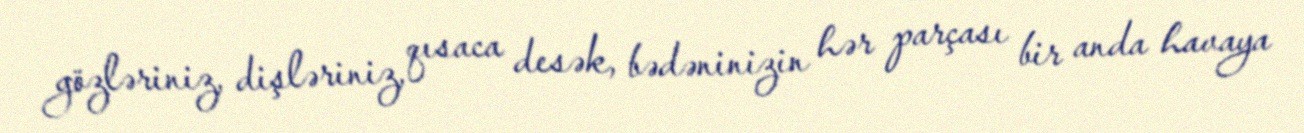
gözləriniz, dişləriniz, qısaca desək, bədəninizin hər parçası bir anda havaya